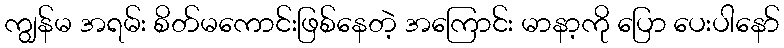
ကျွန်မ အရမ်း စိတ်မကောင်းဖြစ်နေတဲ့ အကြောင်း မာနာ့ကို ပြော ပေးပါနော်